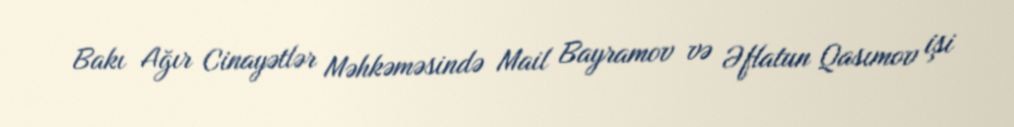
Bakı Ağır Cinayətlər Məhkəməsində Mail Bayramov və Əflatun Qasımov işi